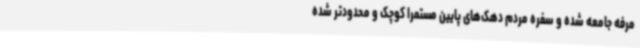
مرفه جامعه شده و سفره مردم دهک‌های پایین مستمرا کوچک و محدودتر شده